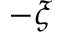
- \xi